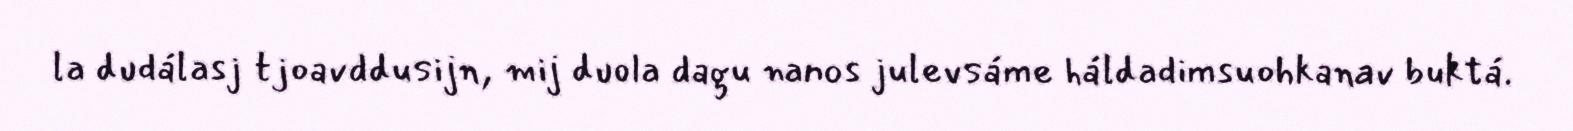
la dudálasj tjoavddusijn, mij duola dagu nanos julevsáme háldadimsuohkanav buktá.